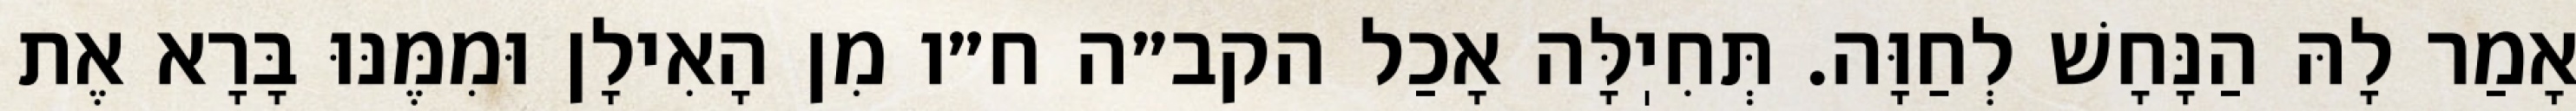
אָמַר לָהּ הַנָּחָשׁ לְחַוָּה. תְּחִיֽלָּה אָכַל הקב״ה ח״ו מִן הָאִילָן וּמִמֶּנּוּ בָּרָא אֶת